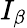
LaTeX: I_{\beta}